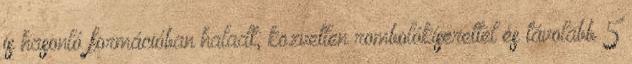
is hasonló formációban haladt, közvetlen rombolókísérettel és távolabb 5